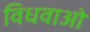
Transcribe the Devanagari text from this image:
विधवाओ